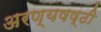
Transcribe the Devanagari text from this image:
अरण्यषष्ठी